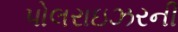
પોલરાઇઝરની